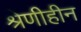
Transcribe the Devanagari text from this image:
श्रेणीहीन